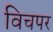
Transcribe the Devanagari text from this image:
विचपर